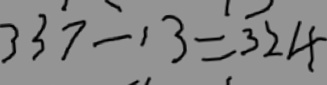
3 3 7 - 1 3 = 3 2 4